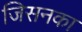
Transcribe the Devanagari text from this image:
जिसनका